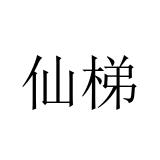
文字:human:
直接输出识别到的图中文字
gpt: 仙梯